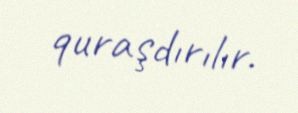
quraşdırılır.